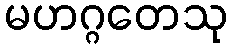
မဟဂ္ဂတေသု